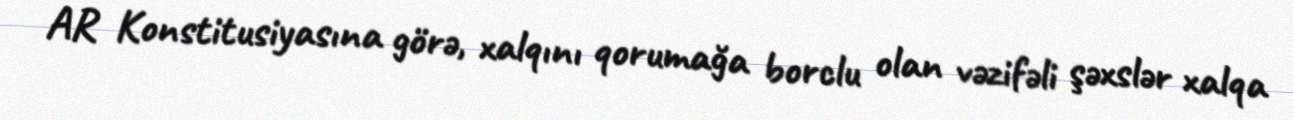
AR Konstitusiyasına görə, xalqını qorumağa borclu olan vəzifəli şəxslər xalqa